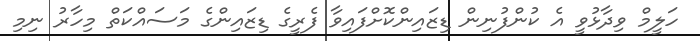
ހަލީމް ވިދާޅުވީ އެ ކުންފުނިން ޑިޒައިންކޮށްފައިވާ ފެރީގެ ޑިޒައިންގެ މަސައްކަތް މިހާރު ނިމި